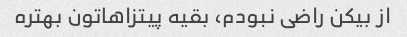
از بیکن راضی نبودم، بقیه پیتزاهاتون بهتره